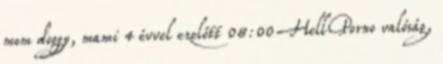
mom doggy, mami 4 évvel ezelőtt 08:00 HellPorno valóság,